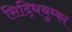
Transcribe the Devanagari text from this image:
सिद्धिथुम्का